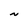
Character: N